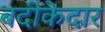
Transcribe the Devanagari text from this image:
बदीकेदार